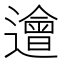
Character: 𨗥